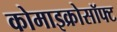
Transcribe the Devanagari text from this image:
कोमाइक्रोसॉफ्ट